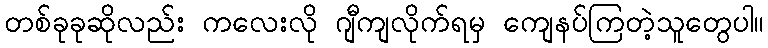
တစ်ခုခုဆိုလည်း ကလေးလို ဂျီကျလိုက်ရမှ ကျေနပ်ကြတဲ့သူတွေပါ။